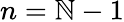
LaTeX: n=\mathbb{N}-1